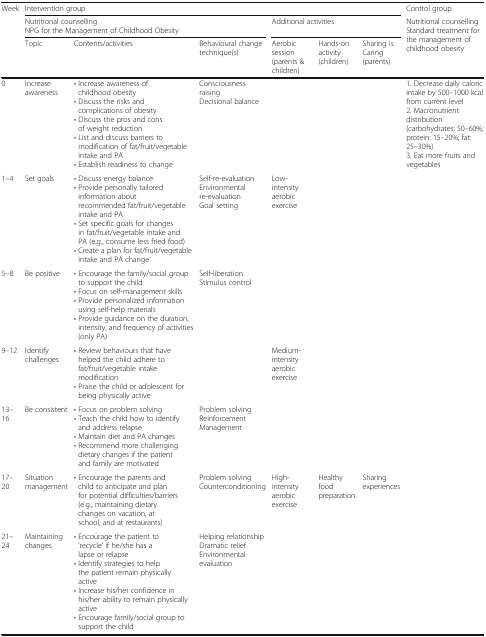
| Week | <COLSPAN=6> Intervention group | Control group |
 | <ROWSPAN=2>  | <COLSPAN=3> Nutritional counsellingNPG for the Management of Childhood Obesity | <COLSPAN=3> Additional activities | <ROWSPAN=2> Nutritional counselling Standard treatment for the management of childhood obesity |
 | Topic | Contents/activities | Behavioural change technique(s) | Aerobic session (parents & children) | Hands-on activity (children) | Sharing is Caring (parents) |
 | --- | --- | --- | --- | --- | --- | --- | --- |
 | 0 | Increase awareness | • Increase awareness of childhood obesity• Discuss the risks and complications of obesity• Discuss the pros and cons of weight reduction• List and discuss barriers to modification of fat/fruit/vegetable intake and PA• Establish readiness to change | Consciousness raisingDecisional balance |  |  |  | <ROWSPAN=2> 1. Decrease daily caloric intake by 500–1000 kcal from current level2. Macronutrient distribution (carbohydrates: 50–60%; protein: 15–20%; fat: 25–30%)3. Eat more fruits and vegetables |
 | 1–4 | Set goals | • Discuss energy balance• Provide personally tailored information about recommended fat/fruit/vegetable intake and PA• Set specific goals for changes in fat/fruit/vegetable intake and PA (e.g., consume less fried food)• Create a plan for fat/fruit/vegetable intake and PA change | Self-re-evaluationEnvironmental re-evaluationGoal setting | Low-intensity aerobic exercise |  |  |
 | 5–8 | Be positive | • Encourage the family/social group to support the child• Focus on self-management skills• Provide personalized information using self-help materials• Provide guidance on the duration, intensity, and frequency of activities (only PA) | Self-liberationStimulus control |  |  |  |  |
 | 9–12 | Identify challenges | • Review behaviours that have helped the child adhere to fat/fruit/vegetable intake modification• Praise the child or adolescent for being physically active |  | Medium-intensity aerobic exercise |  |  |  |
 | 13–16 | Be consistent | • Focus on problem solving• Teach the child how to identify and address relapse• Maintain diet and PA changes• Recommend more challenging dietary changes if the patient and family are motivated | Problem solving ReinforcementManagement |  |  |  |  |
 | 17–20 | Situation management | • Encourage the parents and child to anticipate and plan for potential difficulties/barriers (e.g., maintaining dietary changes on vacation, at school, and at restaurants) | Problem solving Counterconditioning | High-intensity aerobic exercise | Healthy food preparation. | Sharing experiences |  |
 | 21–24 | Maintaining changes | • Encourage the patient to ‘recycle’ if he/she has a lapse or relapse• Identify strategies to help the patient remain physically active• Increase his/her confidence in his/her ability to remain physically active• Encourage family/social group to support the child | Helping relationshipDramatic reliefEnvironmental evaluation |  |  |  |  |